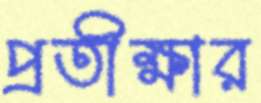
প্রতীক্ষার